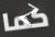
كما